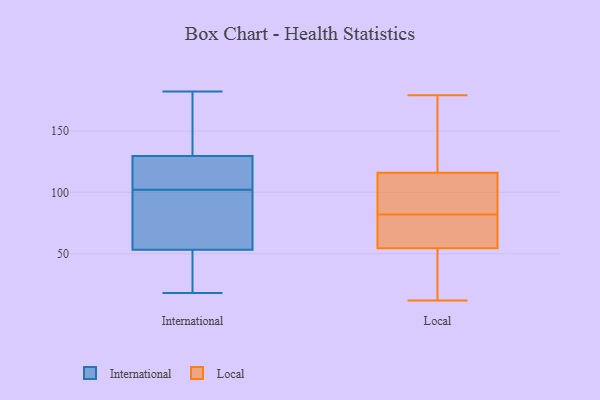
{"axis": {"x": "Gross Profit (USD K)", "y": "Value"}, "legend": ["International", "Local"], "data": [{"x": "", "y": 18, "type": "International"}, {"x": "", "y": 131, "type": "International"}, {"x": "", "y": 27, "type": "International"}, {"x": "", "y": 49, "type": "International"}, {"x": "", "y": 125, "type": "International"}, {"x": "", "y": 57, "type": "International"}, {"x": "", "y": 125, "type": "International"}, {"x": "", "y": 123, "type": "International"}, {"x": "", "y": 90, "type": "International"}, {"x": "", "y": 102, "type": "International"}, {"x": "", "y": 162, "type": "International"}, {"x": "", "y": 66, "type": "International"}, {"x": "", "y": 182, "type": "International"}, {"x": "", "y": 148, "type": "International"}, {"x": "", "y": 52, "type": "International"}, {"x": "", "y": 155, "type": "Local"}, {"x": "", "y": 81, "type": "Local"}, {"x": "", "y": 53, "type": "Local"}, {"x": "", "y": 12, "type": "Local"}, {"x": "", "y": 122, "type": "Local"}, {"x": "", "y": 13, "type": "Local"}, {"x": "", "y": 110, "type": "Local"}, {"x": "", "y": 68, "type": "Local"}, {"x": "", "y": 84, "type": "Local"}, {"x": "", "y": 56, "type": "Local"}, {"x": "", "y": 83, "type": "Local"}, {"x": "", "y": 155, "type": "Local"}, {"x": "", "y": 179, "type": "Local"}, {"x": "", "y": 66, "type": "Local"}, {"x": "", "y": 20, "type": "Local"}, {"x": "", "y": 85, "type": "Local"}]}